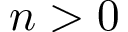
n > 0